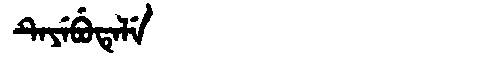
Manchu: ᡨᡝᠶᡝᠪᡠᡨᡝᠯᡝ
Romanization: TEYEBUTELE